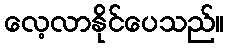
လေ့လာနိုင်ပေသည်။